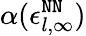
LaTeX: \alpha(\epsilon_{l,\infty}^{\tt NN})